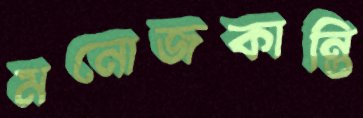
মনোজকান্তি